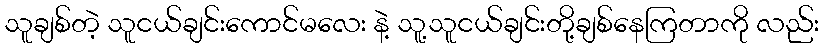
သူချစ်တဲ့ သူငယ်ချင်းကောင်မလေး နဲ့ သူ့သူငယ်ချင်းတို့ချစ်နေကြတာကို လည်း